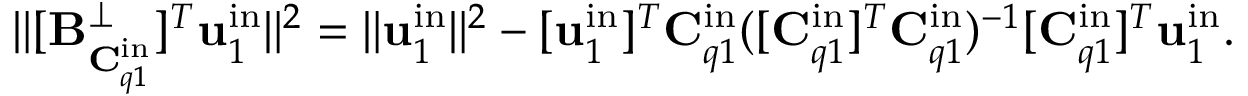
\| [ \mathbf { B } _ { \mathbf { C } _ { q 1 } ^ { \mathrm { i n } } } ^ { \perp } ] ^ { T } \mathbf { u } _ { 1 } ^ { \mathrm { i n } } \| ^ { 2 } = \| \mathbf { u } _ { 1 } ^ { \mathrm { i n } } \| ^ { 2 } - [ \mathbf { u } _ { 1 } ^ { \mathrm { i n } } ] ^ { T } \mathbf { C } _ { q 1 } ^ { \mathrm { i n } } ( [ \mathbf { C } _ { q 1 } ^ { \mathrm { i n } } ] ^ { T } \mathbf { C } _ { q 1 } ^ { \mathrm { i n } } ) ^ { - 1 } [ \mathbf { C } _ { q 1 } ^ { \mathrm { i n } } ] ^ { T } \mathbf { u } _ { 1 } ^ { \mathrm { i n } } .